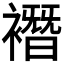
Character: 𧝆